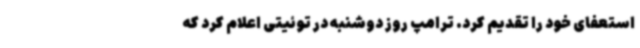
استعفای خود را تقدیم کرد. ترامپ روز دوشنبه در توئیتی اعلام کرد که